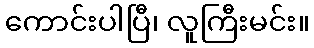
ကောင်းပါပြီ၊ လူကြီးမင်း။